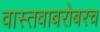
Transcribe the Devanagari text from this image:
वास्तवाबरोबरच